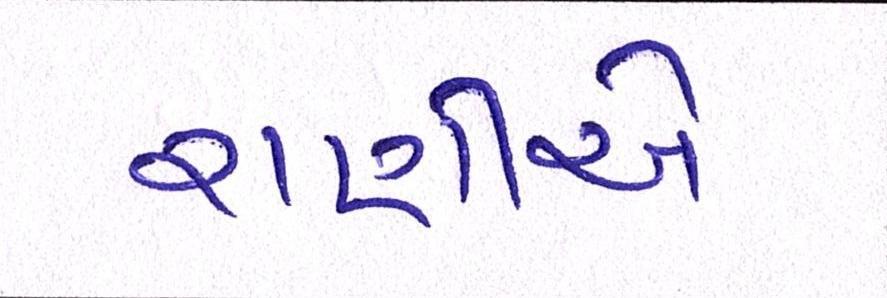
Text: રાણીએ